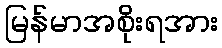
မြန်မာအစိုးရအား